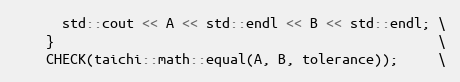
Language: C
      std::cout << A << std::endl << B << std::endl; \
    }                                                \
    CHECK(taichi::math::equal(A, B, tolerance));     \